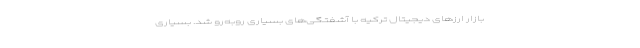
بازار ارزهای دیجیتال ترکیه با آشفتگی‌های بسیاری روبه‌رو شد. بسیاری